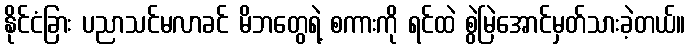
နိုင်ငံခြား ပညာသင်မလာခင် မိဘတွေရဲ့ စကားကို ရင်ထဲ စွဲမြဲအောင်မှတ်သားခဲ့တယ်။